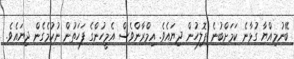
ބޭނުމިއްޔާ ގުޅާނެ ކަމަށްބުނެ ޕޮލިހުން ދިޔައެވެ. އިމްރާންވެސް އެމީހުންގެ ފަހަތުން ނުކުމެގެން ދިޔައެވެ.